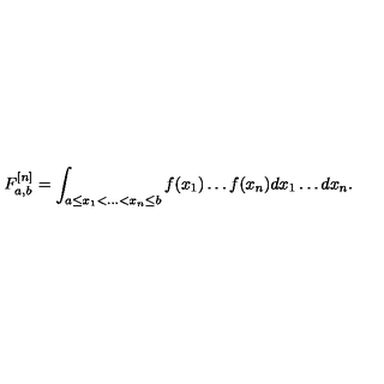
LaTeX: F _ { a , b } ^ { [ n ] } = \int _ { a \leq x _ { 1 } < \ldots < x _ { n } \leq b } f ( x _ { 1 } ) \ldots f ( x _ { n } ) d x _ { 1 } \ldots d x _ { n } .